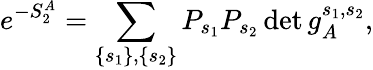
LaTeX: e^{-S_{2}^{A}}=\sum_{\left\{ s_{1}\right\} ,\left\{ s_{2}\right\} }P_{s_{1}}P_{s_{2}}\operatorname*{det}g_{A}^{s_{1},s_{2}},